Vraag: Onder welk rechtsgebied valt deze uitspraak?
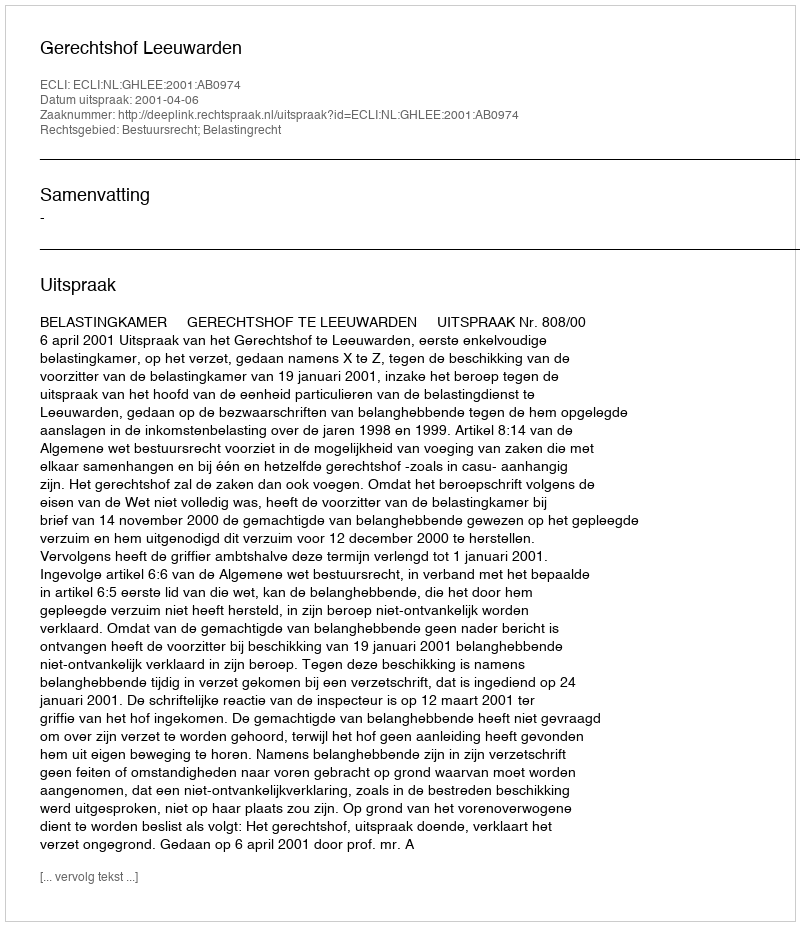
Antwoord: Bestuursrecht; Belastingrecht